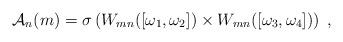
LaTeX: \begin{align*} \mathcal{A}_n(m)=\sigma\left(W_{mn}([\omega_1,\omega_2])\times W_{mn}([\omega_3,\omega_4])\right)\;,\end{align*}